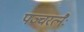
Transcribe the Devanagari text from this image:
पञ्चरत्नैः